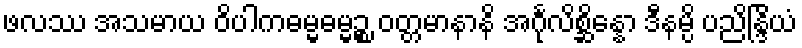
ဖလဿ အသမာယ ဝိပါကဓမ္မဓမ္မဉ္စ ဝတ္တမာနာနိ အင်္ဂုလိစ္ဆိန္နော ဒီနမ္ပိ ပညိန္ဒြိယံ